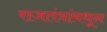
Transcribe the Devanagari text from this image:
राजतंत्रांमधून